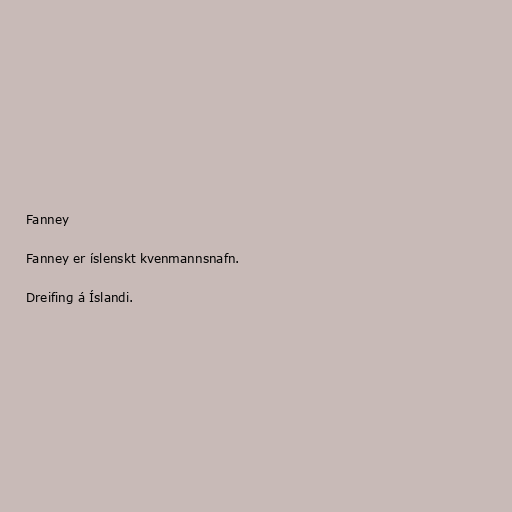
Fanney

Fanney er íslenskt kvenmannsnafn.

Dreifing á Íslandi.